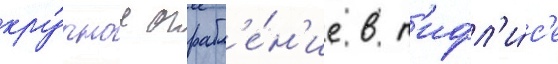
кру́пное ограбл'е́н'ие в т'ифл'и́с'е